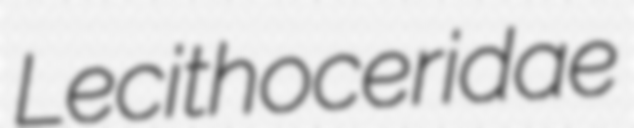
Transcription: Lecithoceridae